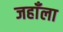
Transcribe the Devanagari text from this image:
जहाँला